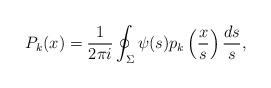
LaTeX: \begin{align*} P_k(x) = \frac{1}{2\pi i} \oint_{\Sigma} \psi(s) p_k \left(\frac{x}{s}\right) \frac{ds}{s}, \end{align*}